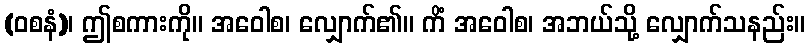
(ဝစနံ)၊ ဤစကားကို။ အဝေါစ၊ လျှောက်၏။ ကိံ အဝေါစ၊ အဘယ်သို့ လျှောက်သနည်း။